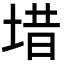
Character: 𪣤